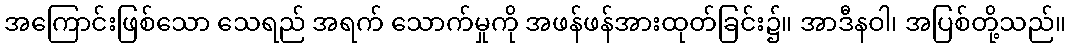
အကြောင်းဖြစ်သော သေရည် အရက် သောက်မှုကို အဖန်ဖန်အားထုတ်ခြင်း၌။ အာဒီနဝါ၊ အပြစ်တို့သည်။